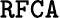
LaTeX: \tt RFCA